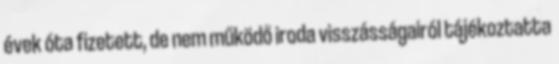
évek óta fizetett, de nem működő iroda visszásságairól tájékoztatta